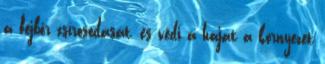
a fejbőr zsírosodását, és védi a hajat a környezet